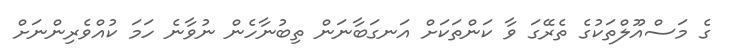
ގެ މަސްއޫލްތަކުގެ ތެރޭގަ ވާ ކަންތަކަށް އަނގަބާނަން ތިބުނާހެން ނުވާނެ ހަމަ ކުއްވެރިންނަށް